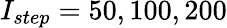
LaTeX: I_{step}=50,100,200